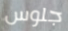
جلوس